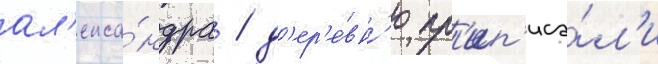
ал'екса́ндра / д'ер'е́вн'ю пр'ип'иса́л'и